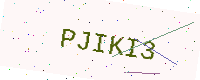
Text: PJIKI3